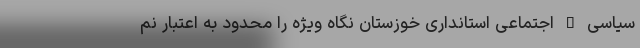
سیاسی – اجتماعی استانداری خوزستان نگاه ویژه را محدود به اعتبار نم